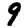
Digit: 9